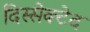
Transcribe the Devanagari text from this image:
दिस्सेक्टेद